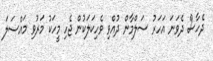
ދެހާސް ދެވަނަ އަހަރު ސަލްމާން ދުއްވި ވެހިކަލަކުން ޖެހި މީހަކު މަރުވި މައްސަލަ